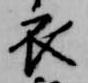
衣